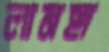
লামহা